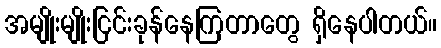
အမျိုးမျိုးငြင်းခုန်နေကြတာတွေ ရှိနေပါတယ်။